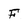
Character: F